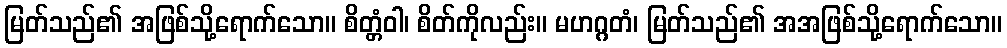
မြတ်သည်၏ အဖြစ်သို့ရောက်သော။ စိတ္တံဝါ၊ စိတ်ကိုလည်း။ မဟဂ္ဂတံ၊ မြတ်သည်၏ အအဖြစ်သို့ရောက်သော။